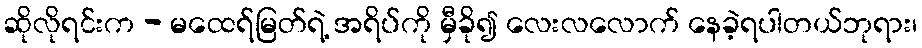
ဆိုလိုရင်းက - မထေရ်မြတ်ရဲ့ အရိပ်ကို မှီခို၍ လေးလလောက် နေခဲ့ရပါတယ်ဘုရား၊